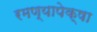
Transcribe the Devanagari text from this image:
रमण्यापेक्षा